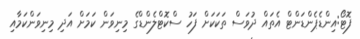
ފޮޓޯ:އިންޑެޕެންޑަންޓް އެތައް ދުވަސް ތަކަކަށް ފަހު ސްކޮޓްލެންޑްގެ މިނިވަން ކަމަށް އަދި މިނިވަންކަމާއި